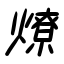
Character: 燎